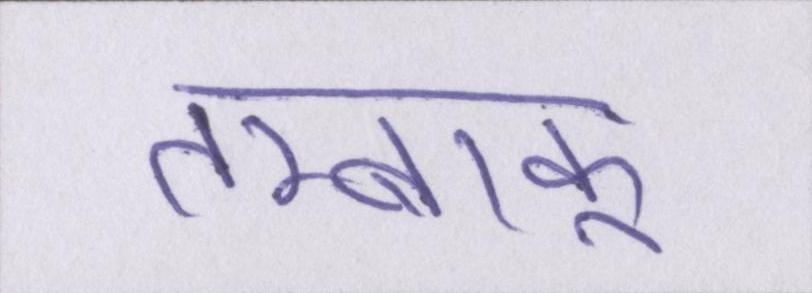
तम्बाकू